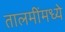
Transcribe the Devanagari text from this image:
तालमींमध्ये